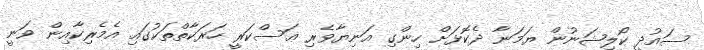
ސައުދީ ކޯލިޝަނުން ޔަމަނާ ދެކޮޅަށް ހިންގި އަނިޔާވެރި ޢަސްކަރީ ހަރަކާތްތަކުގައި އެމެރިކާއިން ވަނީ